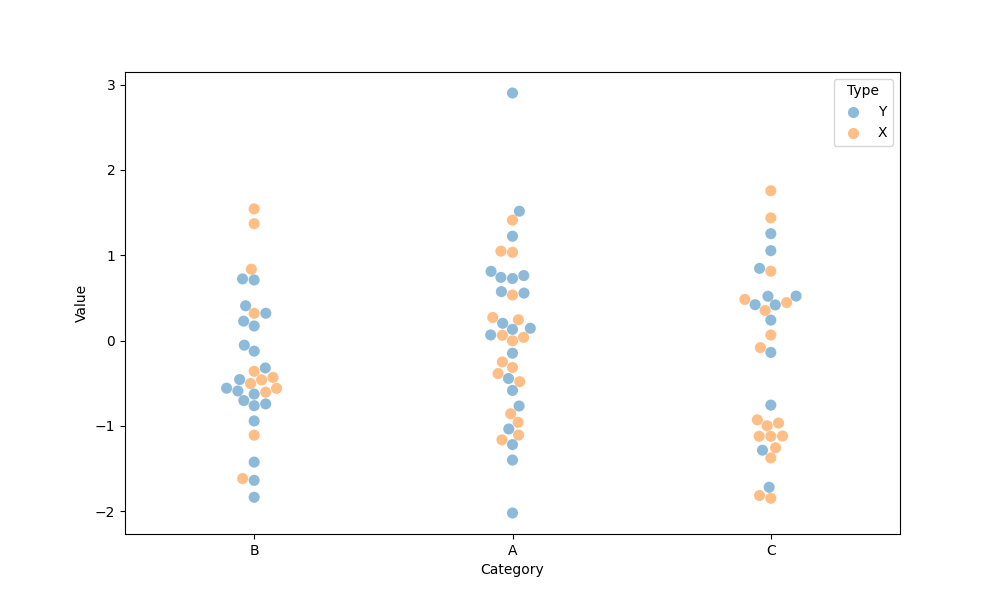
python, seaborn, swarmplot, dodge=False, alpha=0.5, size=8